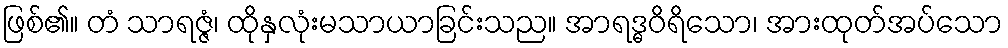
ဖြစ်၏။ တံ သာရဇ္ဇံ၊ ထိုနှလုံးမသာယာခြင်းသည။ အာရဒ္ဓဝိရိသော၊ အားထုတ်အပ်သော